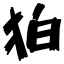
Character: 狛